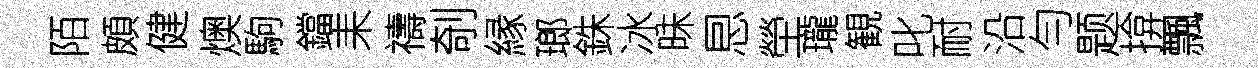
陌頗健燠駒鐺耒禱剞縁瑯銖冰昧㤙塋瓏観叱耐沿勻题揜飄